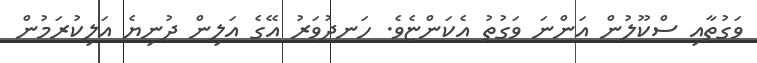
ވަގުތާއި ސްކޫލުން އަންނަ ވަގުތު އެކަންޏެވެ. ހަނދުވަރު އޭގެ އަލިން ދުނިޔެ އަލިކުރަމުން